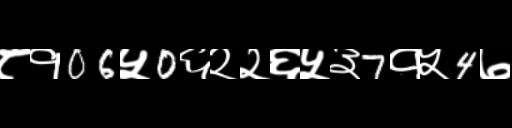
Text: ८१06५0६२२६५३7१५4७